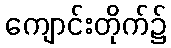
ကျောင်းတိုက်၌